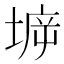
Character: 𡍩